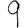
Digit: 9